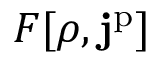
F [ \rho , \mathbf { j } ^ { \mathrm { p } } ]